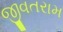
જીવતરામ